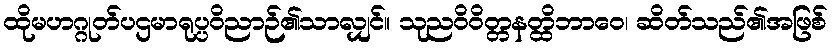
ထိုမဟဂ္ဂုတ်ပဌမာရုပ္ပဝိညာဉ်၏သာလျှင်။ သုညဝိဝိတ္တနတ္ထိဘာဝေ၊ ဆိတ်သည်၏အဖြစ်